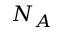
N _ { A }